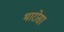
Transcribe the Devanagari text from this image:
भारोसा